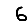
Digit: 6